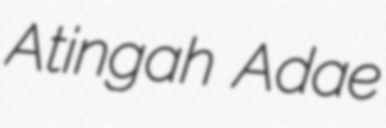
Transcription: Atingah Adae